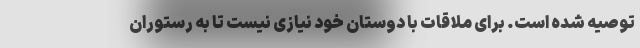
توصیه شده است. برای ملاقات با دوستان خود نیازی نیست تا به رستوران